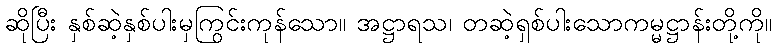
ဆိုပြီး နှစ်ဆဲ့နှစ်ပါးမှကြွင်းကုန်သော။ အဋ္ဌာရသ၊ တဆဲ့ရှစ်ပါးသောကမ္မဋ္ဌာန်းတို့ကို။